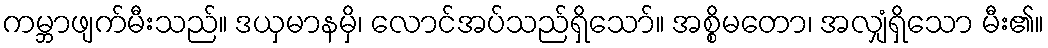
ကမ္ဘာဖျက်မီးသည်။ ဒယှမာနမှိ၊ လောင်အပ်သည်ရှိသော်။ အစ္စိမတော၊ အလျှံရှိသော မီး၏။